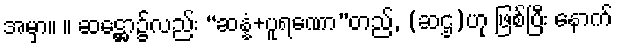
အမှာ။ ။ ဆဋ္ဌော၌လည်း “ဆန္နံ+ပူရဏော”တည်, (ဆဌ)ဟု ဖြစ်ပြီး နောက်